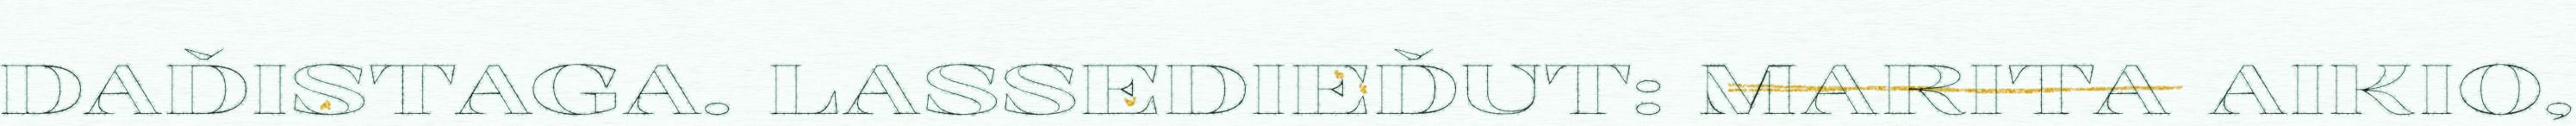
DAĐISTAGA. LASSEDIEĐUT: MARITA AIKIO,